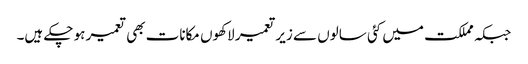
جبکہ مملکت میں کئی سالوں سے زیر تعمیر لاکھوں مکانات بھی تعمیر ہو چکے ہیں۔